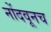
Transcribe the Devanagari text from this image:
नोंदवूनच